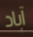
آباد